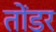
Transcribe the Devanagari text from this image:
तोंडर